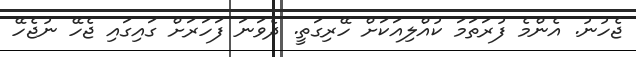
ޖެހުނު. އެންމެ ފުރަތަމަ ކުއްލިއަކަށް ހޭރިގަތީ. ދެވަނަ ފަހަރަށް ގައިގައި ޖެހޭ ނުޖެހޭ